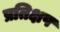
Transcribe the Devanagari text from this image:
प्रतिक्षप